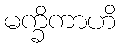
မက္ခိကာဟိ